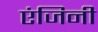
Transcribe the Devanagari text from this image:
एंजिनी